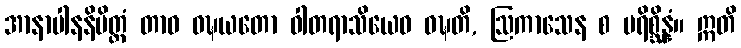
အာနာပါနနိမိတ္တံ တာဝ ဝဍ္ဎယတော ဝါတရာသိယေဝ ဝဍ္ဎတိ, ဩကာသေန စ ပရိစ္ဆိန္နံ။ ဣတိ